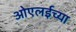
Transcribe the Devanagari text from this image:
ओएलईच्या